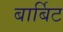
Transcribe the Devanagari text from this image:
बार्बिट